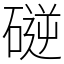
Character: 磀